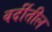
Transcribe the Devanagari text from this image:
वर्दीतील